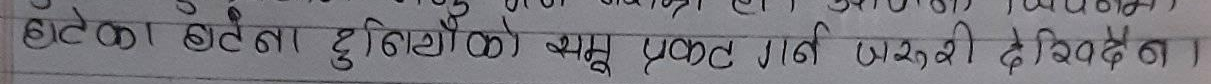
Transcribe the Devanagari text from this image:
हातका भेटिना दुखीको क्षय प्रकट गर्न जरुरी देखिदैन।